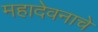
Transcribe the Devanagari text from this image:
महादेवनाचे